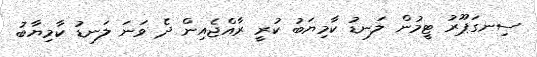
ސިނގަޕޫރު ޓީމުން ލަނޑު ކާމިޔަބު ކުރީ ރާއްޖެއިން ދެ ވަނަ ލަނޑު ކާމިޔާބު